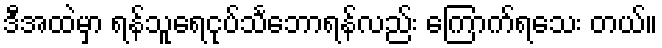
ဒီအထဲမှာ ရန်သူရေငုပ်သင်္ဘောရန်လည်း ကြောက်ရသေး တယ်။